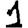
Digit: 1